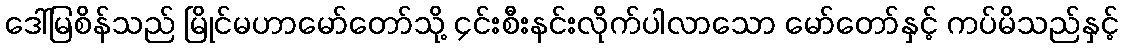
ဒေါ်မြစိန်သည် မြိုင်မဟာမော်တော်သို့ ၄င်းစီးနင်းလိုက်ပါလာသော မော်တော်နှင့် ကပ်မိသည်နှင့်